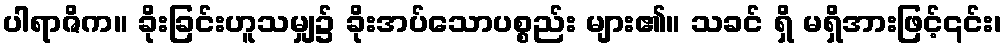
ပါရာဇိက။ ခိုးခြင်းဟူသမျှ၌ ခိုးအပ်သောပစ္စည်း များ၏။ သခင် ရှိ မရှိအားဖြင့်၎င်း၊